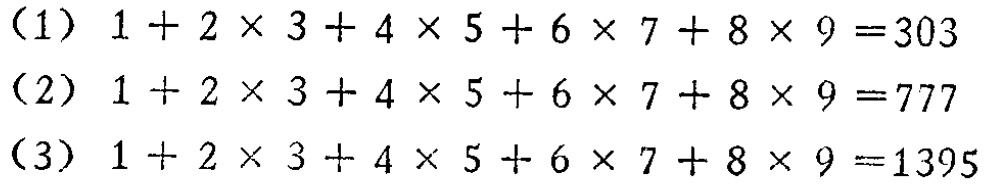
(1) \(1 + 2\times3 + 4\times5 + 6\times7 + 8\times9 = 303\)

(2) \(1 + 2\times3 + 4\times5 + 6\times7 + 8\times9 = 777\)

(3) \(1 + 2\times3 + 4\times5 + 6\times7 + 8\times9 = 1395\)